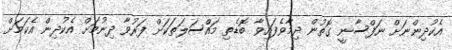
އެކުދިންނަށް ނަފްސާނީ ގޮތުން ދިމާވެފައިވާ ބޮޑެތި މައްސަލަތަކަށް ފަރުވާ ދިނުމަށް އެކުދިން އެކަމަށް